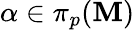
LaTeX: \alpha\in\pi_{p}(\mathbf{M})